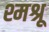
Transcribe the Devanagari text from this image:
श्मश्रू